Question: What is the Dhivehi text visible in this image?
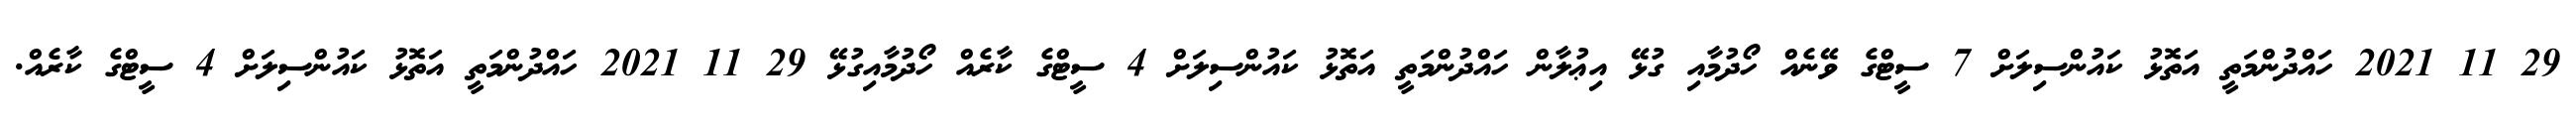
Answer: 29 11 2021 ހައްދުންމަތީ އަތޮޅު ކައުންސިލަށް 7 ސީޓްގެ ވޭނެއް ހޯދުމާއި ގުޅޭ އިޢުލާން ހައްދުންމަތީ އަތޮޅު ކައުންސިލަށް 4 ސީޓްގެ ކާރެއް ހޯދުމާއިގުޅޭ 29 11 2021 ހައްދުންމަތީ އަތޮޅު ކައުންސިލަށް 4 ސީޓްގެ ކާރެއް.